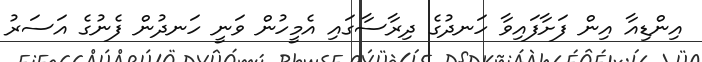
އިންޑިއާ އިން ފަށާފައިވާ ހަނދުގެ ދިރާސާގައި އެމީހުން ވަނީ ހަނދުން ފެނުގެ އަސަރު